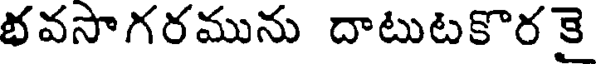
భవసాగరమును దాటుటకొర కై